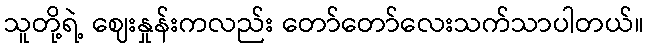
သူတို့ရဲ့ ဈေးနှုန်းကလည်း တော်တော်လေးသက်သာပါတယ်။